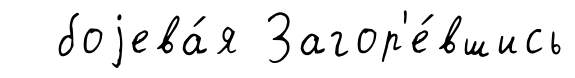
боjева́я Загор'е́вшись